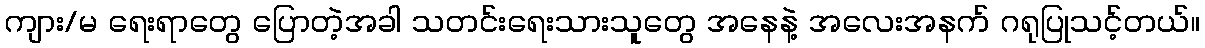
ကျား/မ ရေးရာတွေ ပြောတဲ့အခါ သတင်းရေးသားသူတွေ အနေနဲ့ အလေးအနက် ဂရုပြုသင့်တယ်။